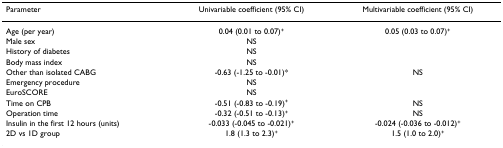
<table><thead><tr><td><b>Parameter</b></td><td><b>Univariable coefficient (95% CI)</b></td><td><b>Multivariable coefficient (95% CI)</b></td></tr></thead><tbody><tr><td>Age (per year)</td><td>0.04 (0.01 to 0.07)<sup>+</sup></td><td>0.05 (0.03 to 0.07)<sup>+</sup></td></tr><tr><td>Male sex</td><td>NS</td><td></td></tr><tr><td>History of diabetes</td><td>NS</td><td></td></tr><tr><td>Body mass index</td><td>NS</td><td></td></tr><tr><td>Other than isolated CABG</td><td>-0.63 (-1.25 to -0.01)*</td><td>NS</td></tr><tr><td>Emergency procedure</td><td>NS</td><td></td></tr><tr><td>EuroSCORE</td><td>NS</td><td></td></tr><tr><td>Time on CPB</td><td>-0.51 (-0.83 to -0.19)<sup>+</sup></td><td>NS</td></tr><tr><td>Operation time</td><td>-0.32 (-0.51 to -0.13)<sup>+</sup></td><td>NS</td></tr><tr><td>Insulin in the first 12 hours (units)</td><td>-0.033 (-0.045 to -0.021)<sup>+</sup></td><td>-0.024 (-0.036 to -0.012)<sup>+</sup></td></tr><tr><td>2D vs 1D group</td><td>1.8 (1.3 to 2.3)<sup>+</sup></td><td>1.5 (1.0 to 2.0)<sup>+</sup></td></tr></tbody></table>